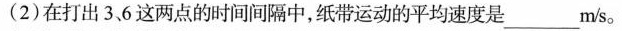
(2)在打出3，6这两点的时间间隔中，纸带运动的平均速度是___m/s。